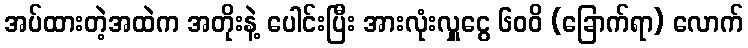
အပ်ထားတဲ့အထဲက အတိုးနဲ့ ပေါင်းပြီး အားလုံးလှူငွေ ၆၀၀ိ (ခြောက်ရာ) လောက်